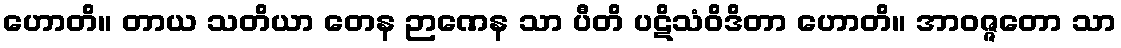
ဟောတိ။ တာယ သတိယာ တေန ဉာဏေန သာ ပီတိ ပဋိသံဝိဒိတာ ဟောတိ။ အာဝဇ္ဇတော သာ